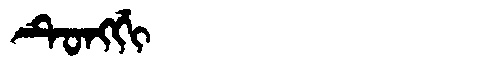
Manchu: ᡨᡠᠩᡤᡳ
Romanization: TUNGGI